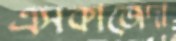
এসকাজেদা